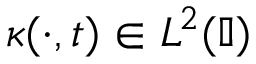
\kappa ( \cdot , t ) \in L ^ { 2 } ( \mathbb { I } )